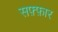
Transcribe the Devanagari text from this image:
सफ़्फ़ार